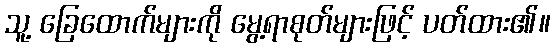
သူ့ ခြေထောက်များကို မွေ့ရာစုတ်များဖြင့် ပတ်ထား၏။